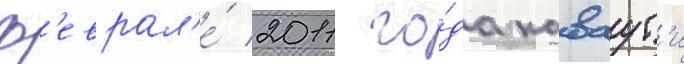
ф'еврал'е́ 2011 го́да каваут'и